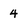
Character: 4